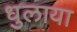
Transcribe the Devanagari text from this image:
धुलाया